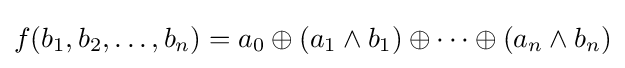
f(b_{1},b_{2},\dots ,b_{n})=a_{0}\oplus (a_{1}\land b_{1})\oplus \dots \oplus (a_{n}\land b_{n})